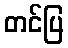
တင်ပြ